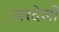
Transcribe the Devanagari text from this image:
जरदेजी